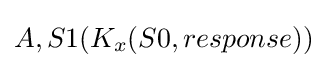
A,S1(K_{x}(S0,response))